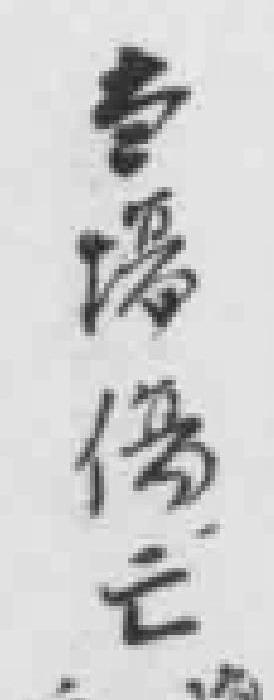
当場傷亡